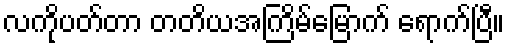
လကိုပတ်တာ တတိယအကြိမ်မြောက် ရောက်ပြီ။